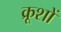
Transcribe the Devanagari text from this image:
क्रूशों